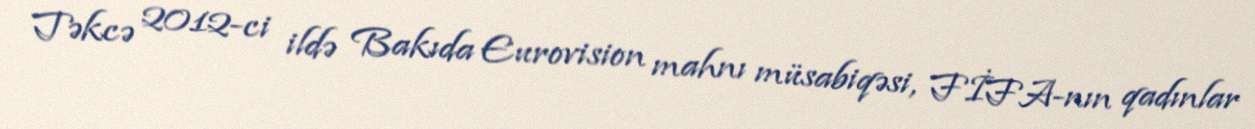
Təkcə 2012-ci ildə Bakıda Eurovision mahnı müsabiqəsi, FİFA-nın qadınlar